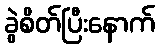
ခွဲစိတ်ပြီးနောက်